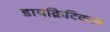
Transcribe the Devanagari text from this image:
डायक्रिटिकल